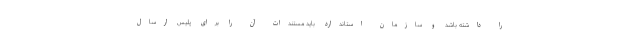
را داشته باشد و سازمان استاندارد باید مستندات آن را برای پلیس ارسال